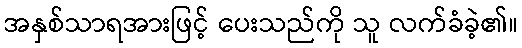
အနှစ်သာရအားဖြင့် ပေးသည်ကို သူ လက်ခံခဲ့၏။